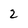
Character: 2